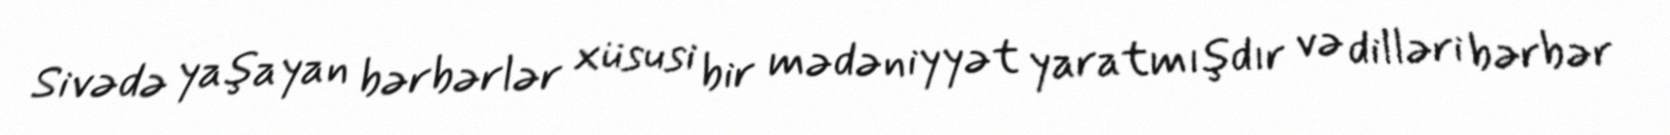
Sivədə yaşayan bərbərlər xüsusi bir mədəniyyət yaratmışdır və dilləri bərbər